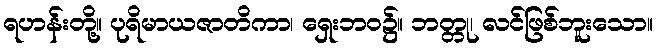
ရဟန်းတို့။ ပုရိမာယဇာတိကာ၊ ရှေးဘဝ၌။ ဘတ္တု၊ လင်ဖြစ်ဘူးသော။